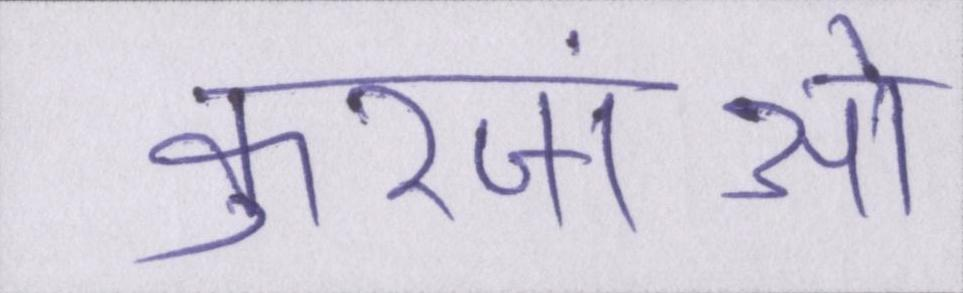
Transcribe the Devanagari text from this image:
कुरजांओं